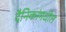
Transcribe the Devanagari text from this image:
दैनिकांमधील